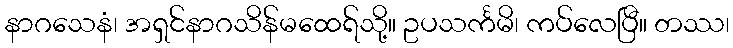
နာဂသေနံ၊ အရှင်နာဂသိန်မထေရ်သို့။ ဥပသင်္ကမိ၊ ကပ်လေပြီ။ တဿ၊